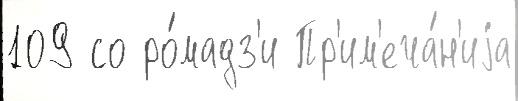
109 со ро́мадз'и Пр'им'еча́н'иjа